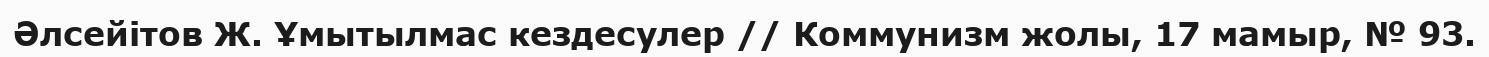
Әлсейітов Ж. Ұмытылмас кездесулер // Коммунизм жолы, 17 мамыр, № 93.